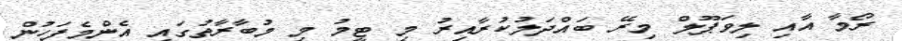
ރޯމާ އާއި ލިވަޕޫލް މިރޭ ބައްދަލުކުރާއިރު މި ޓީމު މި މުބާރާތުގައި އެންމެފަހުން